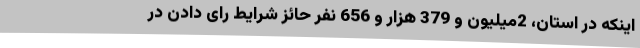
اینکه در استان، 2میلیون و 379 هزار و 656 نفر حائز شرایط رای دادن در